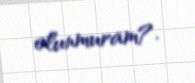
olunmuram?.